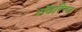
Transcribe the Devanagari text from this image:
रॉडरिग्ज